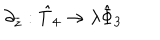
LaTeX: \partial _ { \overline { { { z } } } } : \hat { T } _ { 4 } \rightarrow \lambda \hat { \Phi } _ { 3 }